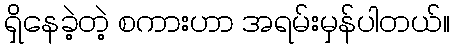
ရှိနေခဲ့တဲ့ စကားဟာ အရမ်းမှန်ပါတယ်။